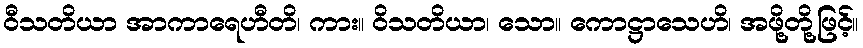
ဝီသတိယာ အာကာရေဟီတိ၊ ကား။ ဝိသတိယာ၊ သော။ ကောဋ္ဌာသေဟိ၊ အဖို့တို့ဖြင့်။